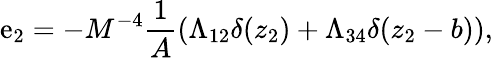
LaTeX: \mathrm{e}_{2}=-M^{-4}\frac{{1}}{{A}}(\Lambda_{12}\delta(z_{2})+\Lambda_{34}\delta(z_{2}-b)),